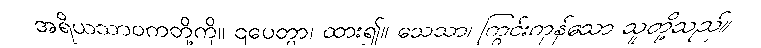
အရိယသာဝကတို့ကို။ ဌပေတွာ၊ ထား၍။ သေသာ၊ ကြွင်းကုန်သော သူတို့သည်။